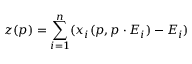
z ( p ) = \sum _ { i = 1 } ^ { n } ( x _ { i } ( p , p \cdot E _ { i } ) - E _ { i } )